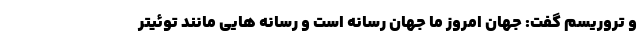
و تروریسم گفت: جهان امروز ما جهان رسانه است و رسانه هایی مانند توئیتر